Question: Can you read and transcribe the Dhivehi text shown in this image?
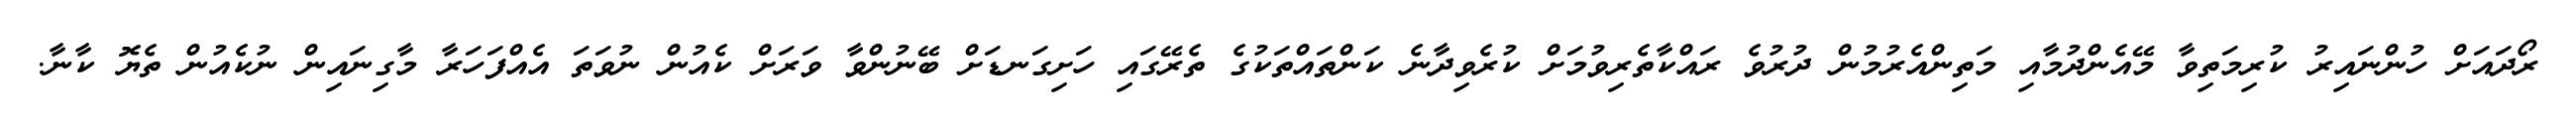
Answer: ރޯދައަށް ހުންނައިރު ކުރިމަތިވާ މޭއެންދުމާއި މަތިންއެރުމުން ދުރުވެ ރައްކާތެރިވުމަށް ކުރެވިދާނެ ކަންތައްތަކުގެ ތެރޭގައި ހަށިގަނޑަށް ބޭނުންވާ ވަރަށް ކެއުން ނުވަތަ އެއްފަހަރާ މާގިނައިން ނުކެއުން ތެޔޮ ކާނާ.